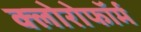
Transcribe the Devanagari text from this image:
क्‍लोरोफॉर्म